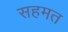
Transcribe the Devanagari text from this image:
सहमत